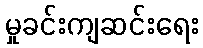
မှုခင်းကျဆင်းရေး